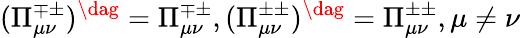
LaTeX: (\Pi_{\mu\nu}^{\mp\pm})^{\dag}=\Pi_{\mu\nu}^{\mp\pm},(\Pi_{\mu\nu}^{\pm\pm})^{\dag}=\Pi_{\mu\nu}^{\pm\pm},\mu\neq\nu